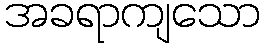
အခရာကျသော